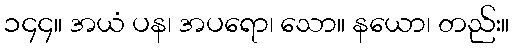
၁၄၄။ အယံ ပန၊ အပရော၊ သော။ နယော၊ တည်း။